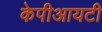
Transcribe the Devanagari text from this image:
केपीआयटी